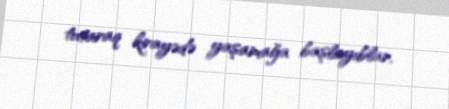
tutaraq kirayədə yaşamağa başlayıblar.